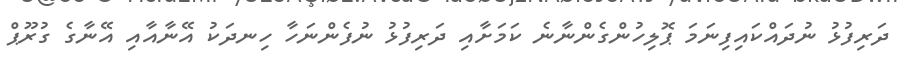
ދަރިފުޅު ނުދައްކައިފިނަމަ ޕޮލިހުންގެންނާނެ ކަމަށާއި ދަރިފުޅު ނުފެންނަހާ ހިނދަކު އޭނާއާއި އޭނާގެ ގުރޫޕް